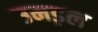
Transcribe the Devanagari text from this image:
उमड़ल